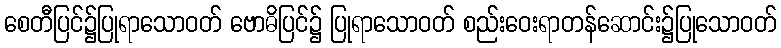
စေတီပြင်၌ပြုရာသောဝတ် ဗောဓိပြင်၌ ပြုရာသောဝတ် စည်းဝေးရာတန်ဆောင်း၌ပြုသောဝတ်